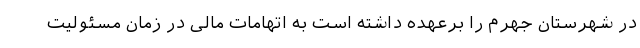
در شهرستان جهرم را برعهده داشته است به اتهامات مالی در زمان مسئولیت